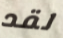
لقد